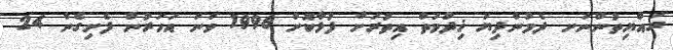
ރައްޔިތުންނަށ ދެމުންދިޔަ ޚިދުމަތް އިތުރަށް ފުޅާކޮށް 1996 ވަނަ އަހަރުން ފެށިގެން 24